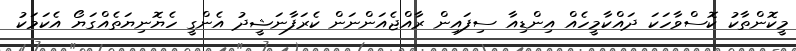
މީކޮންތާކު ކޮސްވާހަކަ ދައްކާމީހެއް އިންޑިއާ ސިފައިން ރާއްޖެއަންނަން ކެރަފާނަޝީދު އެންގީ ހެޔޮނިޔަތެއްގަޔޯ އެކަމަކު